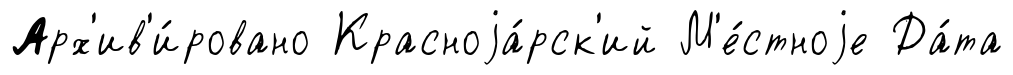
Арх'ив'и́ровано Красноjа́рск'ий М'е́стноjе Да́та